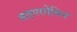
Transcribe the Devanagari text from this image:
साइपरमेथिन